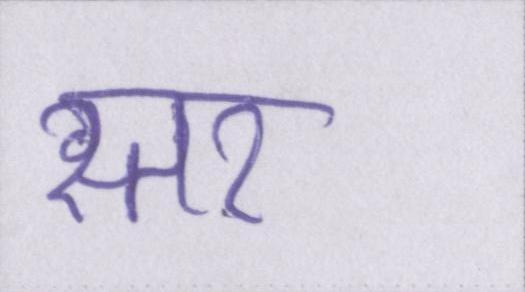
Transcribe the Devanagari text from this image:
स्तर